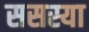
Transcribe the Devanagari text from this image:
ससस्या